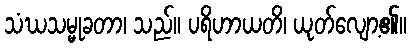
သံဃသမ္မုခတာ၊ သည်။ ပရိဟာယတိ၊ ယုတ်လျော့၏။